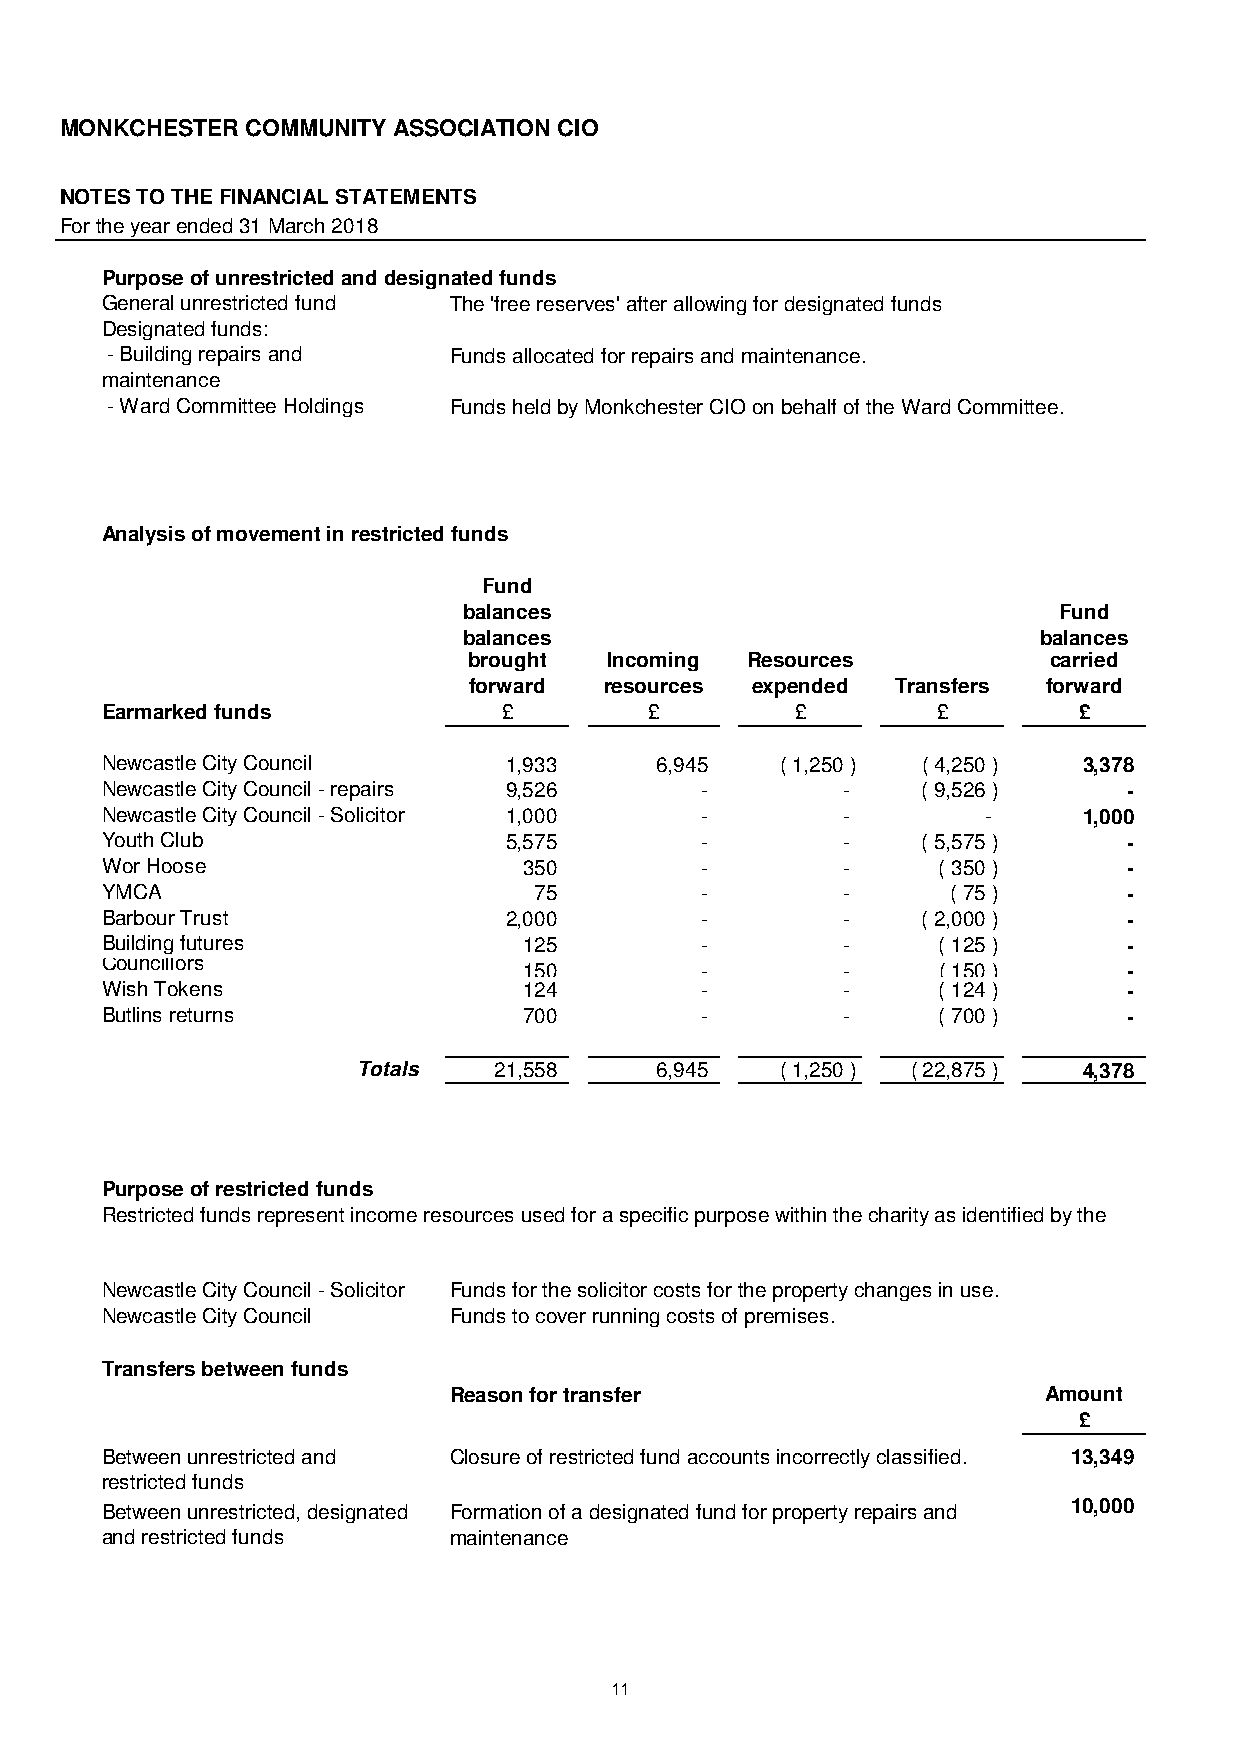
MONKCHESTER COMMUNITY ASSOCIATION CIO
 NOTES TO THE FINANCIAL STATEMENTS
 For the year ended 31 March 2018
 Purpose of unrestricted and designated funds
 General unrestricted fund The 'free reserves' after allowing for designated funds
 Designated funds:
 - Building repairs and Funds allocated for repairs and maintenance.
 maintenance
 - Ward Committee Holdings Funds held by Monkchester CIO on behalf of the Ward Committee.
 Analysis of movement in restricted funds
 Fund
 balances                               Fund
 balances                              balances
 brought  Incoming Resources           carried
 forward  resources expended Transfers forward
 Earmarked funds           £         £         £        £        £
 Newcastle City Council    1,933     6,945    ( 1,250 ) ( 4,250 ) 3,378
 Newcastle City Council - repairs 9,526 -         -    ( 9,526 )     -
 Newcastle City Council - Solicitor 1,000 -       -        -      1,000
 Youth Club                5,575        -         -    ( 5,575 )     -
 Wor Hoose                   350        -         -     ( 350 )      -
 YMCA                        75         -         -      ( 75 )      -
 Barbour Trust             2,000        -         -    ( 2,000 )     -
 Building futures            125        -         -     ( 125 )      -
 Councillors
 150        -         -     ( 150 )      -
 Wish Tokens                 124        -         -     ( 124 )      -
 Butlins returns             700        -         -     ( 700 )      -
 Totals   21,558    6 ,945   ( 1,250 ) ( 22,875 ) 4,378
 Purpose of restricted funds
 Restricted funds represent income resources used for a specific purpose within the charity as identified by the
 Newcastle City Council - Solicitor Funds for the solicitor costs for the property changes in use.
 Newcastle City Council Funds to cover running costs of premises.
 Transfers between funds
 Reason for transfer                    Amount
 £
 Between unrestricted and Closure of restricted fund accounts incorrectly classified. 13,349
 restricted funds
 Between unrestricted, designated Formation of a designated fund for property repairs and 10,000
 and restricted funds   maintenance
 11